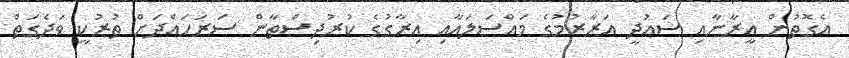
އެގޮތުން އީރާނާއި ސައުދީ އަރާރުމުގެ މައްސަލައާއި އިރާގުގެ ކުރުދިސްތާން ސަރަހައްދަށް ތުރުކީ ވަދެގަތް